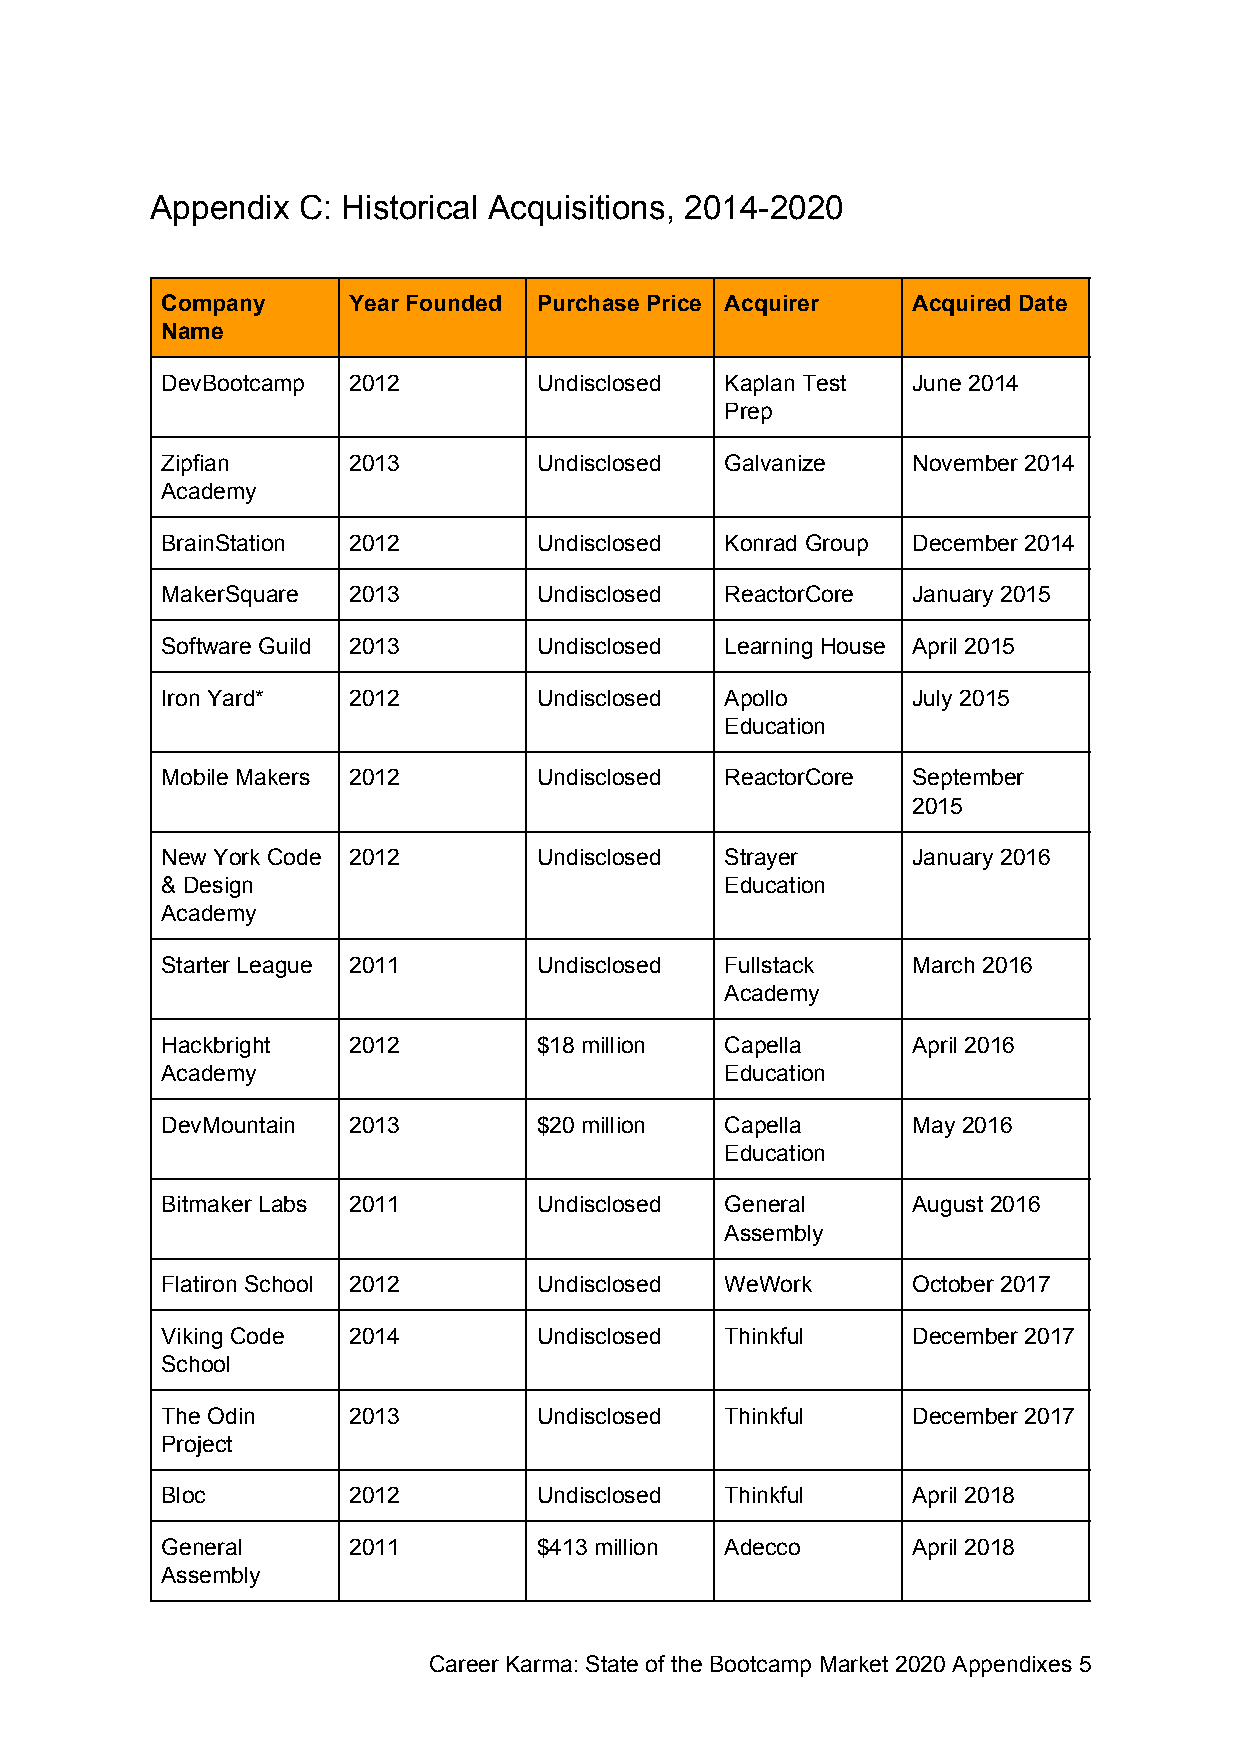
Appendix  C: Historical Acquisitions, 2014-2020
 Company     Year Founded Purchase Price Acquirer Acquired Date
 Name
 DevBootcamp 2012         Undisclosed Kaplan Test June 2014
 Prep
 Zipfian     2013         Undisclosed Galvanize   November 2014
 Academy
 BrainStation 2012        Undisclosed Konrad Group December 2014
 MakerSquare 2013         Undisclosed ReactorCore January 2015
 Software Guild 2013      Undisclosed Learning House April 2015
 Iron Yard*  2012         Undisclosed Apollo      July 2015
 Education
 Mobile Makers 2012       Undisclosed ReactorCore September
 2015
 New York Code 2012       Undisclosed Strayer     January 2016
 & Design                             Education
 Academy
 Starter League 2011      Undisclosed Fullstack   March 2016
 Academy
 Hackbright  2012         $18 million Capella     April 2016
 Academy                              Education
 DevMountain 2013         $20 million Capella     May 2016
 Education
 Bitmaker Labs 2011       Undisclosed General     August 2016
 Assembly
 Flatiron School 2012     Undisclosed WeWork      October 2017
 Viking Code 2014         Undisclosed Thinkful    December 2017
 School
 The Odin    2013         Undisclosed Thinkful    December 2017
 Project
 Bloc        2012         Undisclosed Thinkful    April 2018
 General     2011         $413 million Adecco     April 2018
 Assembly
 Career Karma: State of the Bootcamp Market 2020 Appendixes 5